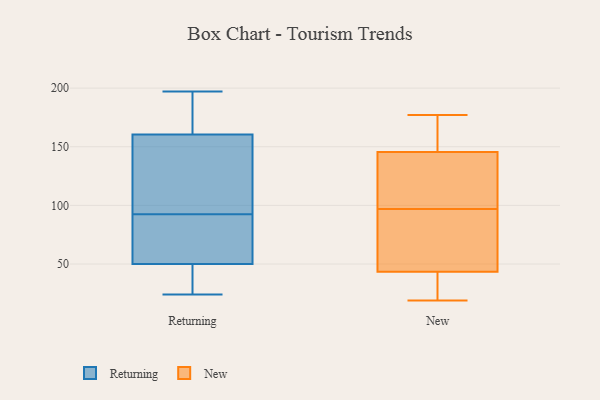
{"axis": {"x": "LTV (USD)", "y": "Value"}, "legend": ["New", "Returning"], "data": [{"x": "", "y": 109, "type": "Returning"}, {"x": "", "y": 113, "type": "Returning"}, {"x": "", "y": 157, "type": "Returning"}, {"x": "", "y": 163, "type": "Returning"}, {"x": "", "y": 183, "type": "Returning"}, {"x": "", "y": 170, "type": "Returning"}, {"x": "", "y": 64, "type": "Returning"}, {"x": "", "y": 30, "type": "Returning"}, {"x": "", "y": 153, "type": "Returning"}, {"x": "", "y": 38, "type": "Returning"}, {"x": "", "y": 40, "type": "Returning"}, {"x": "", "y": 24, "type": "Returning"}, {"x": "", "y": 61, "type": "Returning"}, {"x": "", "y": 197, "type": "Returning"}, {"x": "", "y": 169, "type": "Returning"}, {"x": "", "y": 56, "type": "Returning"}, {"x": "", "y": 158, "type": "Returning"}, {"x": "", "y": 76, "type": "Returning"}, {"x": "", "y": 45, "type": "Returning"}, {"x": "", "y": 55, "type": "Returning"}, {"x": "", "y": 137, "type": "New"}, {"x": "", "y": 63, "type": "New"}, {"x": "", "y": 149, "type": "New"}, {"x": "", "y": 177, "type": "New"}, {"x": "", "y": 19, "type": "New"}, {"x": "", "y": 142, "type": "New"}, {"x": "", "y": 82, "type": "New"}, {"x": "", "y": 75, "type": "New"}, {"x": "", "y": 166, "type": "New"}, {"x": "", "y": 24, "type": "New"}, {"x": "", "y": 23, "type": "New"}, {"x": "", "y": 112, "type": "New"}]}